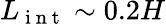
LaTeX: L_{\mathrm{~i~n~t~}}\sim 0.2H